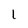
Character: I